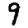
Digit: 9